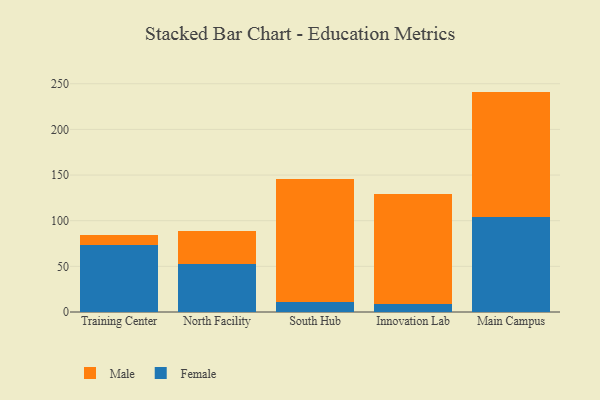
{"axis": {"x": "Campus", "y": "Shipments"}, "legend": ["Female", "Male"], "data": [{"x": "Training Center", "y": 73.1, "type": "Female"}, {"x": "Training Center", "y": 11.4, "type": "Male"}, {"x": "North Facility", "y": 52.7, "type": "Female"}, {"x": "North Facility", "y": 36.3, "type": "Male"}, {"x": "South Hub", "y": 11.4, "type": "Female"}, {"x": "South Hub", "y": 134.8, "type": "Male"}, {"x": "Innovation Lab", "y": 9.3, "type": "Female"}, {"x": "Innovation Lab", "y": 119.6, "type": "Male"}, {"x": "Main Campus", "y": 103.8, "type": "Female"}, {"x": "Main Campus", "y": 137.6, "type": "Male"}]}